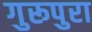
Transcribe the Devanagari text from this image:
गुरूपुरा